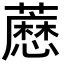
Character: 𬟊